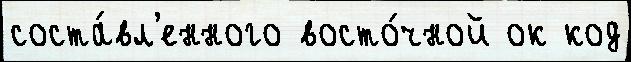
соста́вл'енного восто́чной ок код